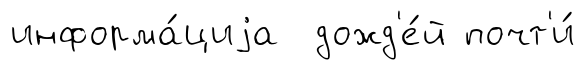
информа́циjа дожд'е́й почт'и́